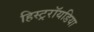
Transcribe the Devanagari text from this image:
हिस्ट्ररॉयडिया